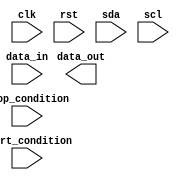
module i2c_timing_control(
    input wire clk,
    input wire rst,
    input wire start_condition,
    input wire stop_condition,
    input wire data_in,
    input wire sda,
    input wire scl,
    output reg data_out
);

// Insert code here for generating clock signals

always @(posedge clk or negedge rst) begin
    // Insert code here for handling timing requirements for start and stop conditions
    
    // Insert code here for managing data synchronization between master and slave devices
    
    // Insert code here for handling arbitration in case of multiple devices on the bus
    
    // Insert code here for generating and handling control signals
    
    if(start_condition) begin
        // Insert code here for handling start condition
    end
    
    if(stop_condition) begin
        // Insert code here for handling stop condition
    end
    
    // Insert code here for ensuring data is properly transmitted and received within timing constraints
    
    // Insert code here for accurate and reliable communication between devices
    
end

endmodule